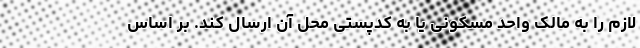
لازم را به مالک واحد مسکونی یا به کدپستی محل آن ارسال کند. بر اساس